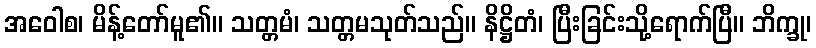
အဝေါစ၊ မိန့်တော်မူ၏။ သတ္တမံ၊ သတ္တမသုတ်သည်။ နိဋ္ဌိတံ၊ ပြီးခြင်းသို့ရောက်ပြီ။ ဘိက္ခု၊